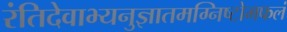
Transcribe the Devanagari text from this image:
रंतिदेवाभ्यनुज्ञातमग्निष्टोमफलं